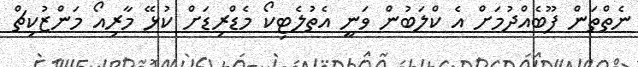
ނެތްތަން ފޫބެއްދުމަށް އެ ކްލަބުން ވަނީ އެތުލެޓިކޯ މެޑްރިޑަށް ކުޅޭ މާރިއޯ މަންޒުކިޗް